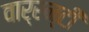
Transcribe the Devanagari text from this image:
वार्रन्टी